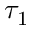
\tau _ { 1 }